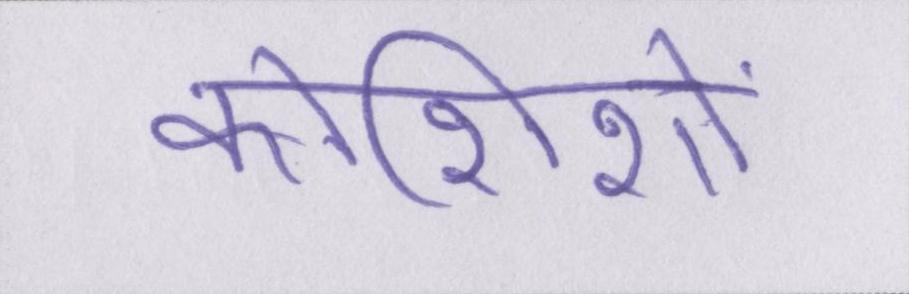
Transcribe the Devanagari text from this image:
कोशिशों